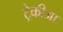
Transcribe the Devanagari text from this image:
ट्रेकीआ